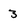
Character: 3